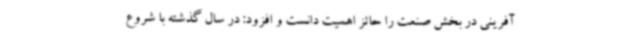
آفرینی در بخش صنعت را حائز اهمیت دانست و افزود: در سال گذشته با شروع